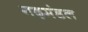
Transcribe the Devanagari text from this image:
गढ़मंडल